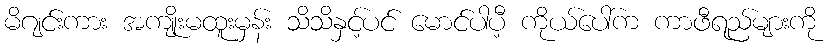
မိဂျင်းကား အကျိုးမထူးမှန်း သိသိနှင့်ပင် မောင်ပါပီ့ ကိုယ်ပေါ်က ကာဖီရည်များကို